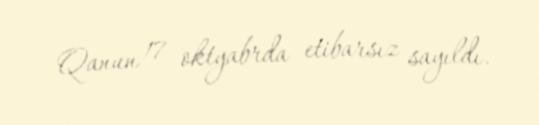
Qanun 17 oktyabrda etibarsız sayıldı.